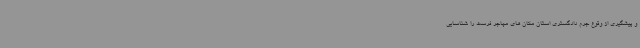
و پیشگیری از وقوع جرم دادگستری استان مکان های مهاجر فرست را شناسایی